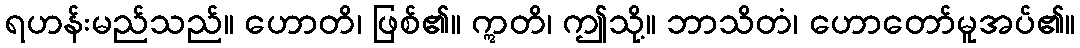
ရဟန်းမည်သည်။ ဟောတိ၊ ဖြစ်၏။ ဣတိ၊ ဤသို့။ ဘာသိတံ၊ ဟောတော်မူအပ်၏။